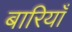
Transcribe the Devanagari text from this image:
बारियाँ